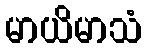
မာယိမာသံ